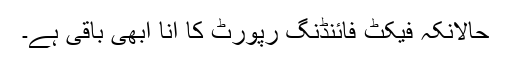
حالانکہ فیکٹ فائنڈنگ رپورٹ کا آنا ابھی باقی ہے۔